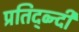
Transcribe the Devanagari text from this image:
प्रतिद्व्न्दी